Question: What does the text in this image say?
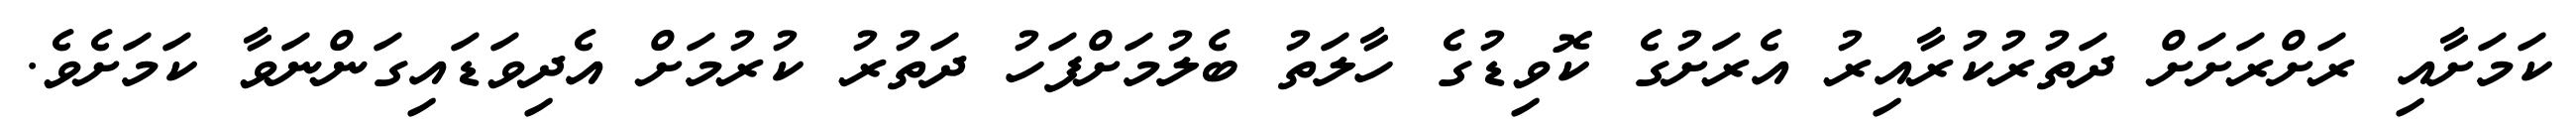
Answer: ކަމަށާއި ރަށްރަށަށް ދަތުރުކުރާއިރު އެރަށުގެ ކޮވިޑުގެ ހާލަތު ބެލުމަށްފަހު ދަތުރު ކުރުމަށް އެދިވަޑައިގަންނަވާ ކަމަށެވެ.